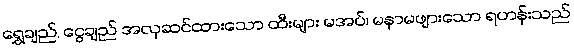
ရွှေချည်, ငွေချည် အလှဆင်ထားသော ထီးများ မအပ်၊ မနာမဖျားသော ရဟန်းသည်